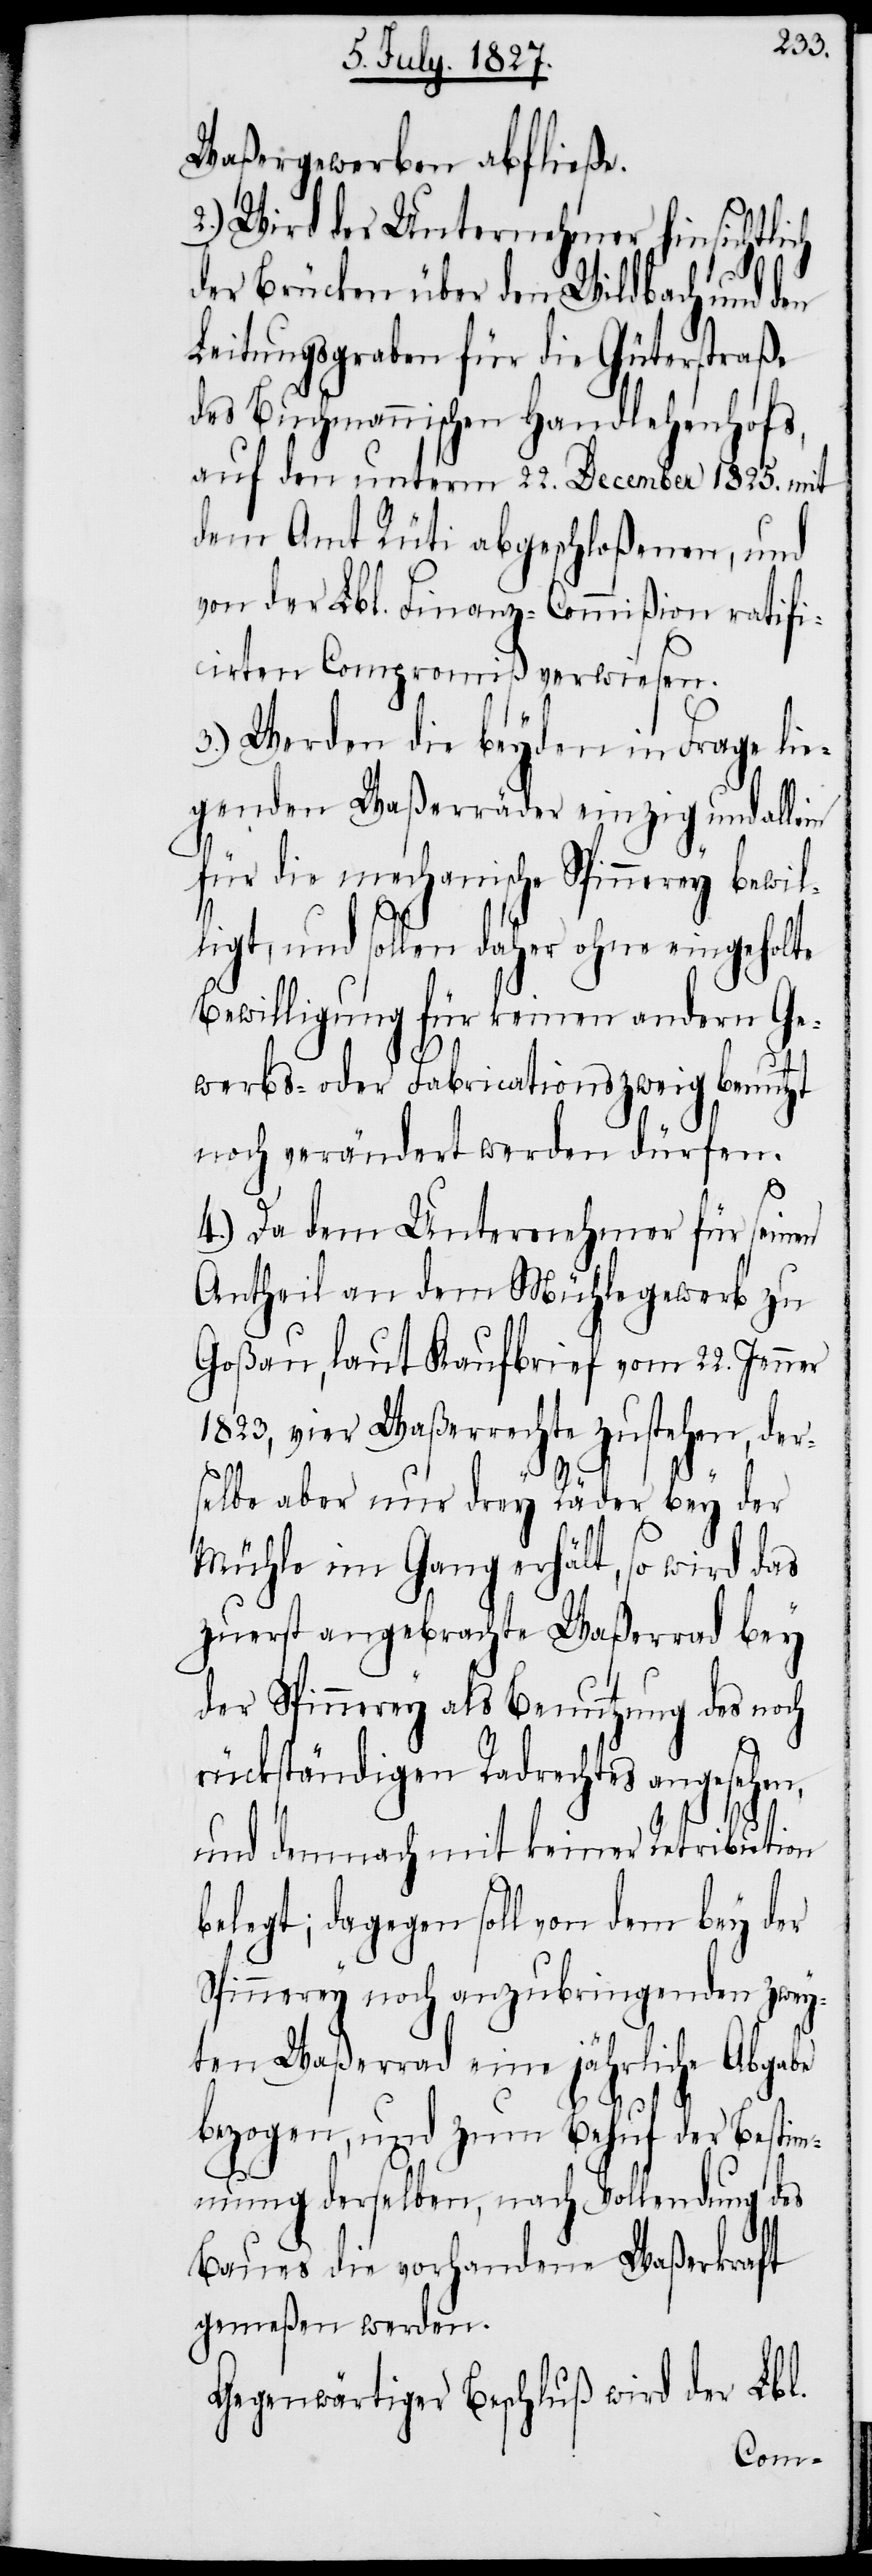
Waßergewerben abfließe.
2.) Wird der Unternehmer hinsichtlich
der Brücken über den Wildbach und den
Leitungsgraben für die Güterstraße
des Buchmannischen Handlehenhofs,
auf den unterm 22. December 1825. mit
dem Amt Rüti abgeschloßenen, und
von der Lbl. Finanz-Commißion ratifi¬
cirten Compromiß verweisen.
3.) Werden die beyden in Frage lie¬
genden Waßerräder einzig und allein
für die mechanische Spinnerey bewil¬
ligt, und sollen daher ohne eingeholte
Bewilligung für keinen andern Ge¬
werbs- oder Fabricationszweig benutzt
noch verändert werden dürfen.
4.) Da dem Unternehmer für seinen
Antheil an dem Mühlegewerb zu
Goßau, laut Kaufbrief vom 22. Jenner
1823, vier Waßerrechte zustehen, der¬
selbe aber nur drey Räder bey der
Mühle im Gang erhält, so wird das
zuerst angebrachte Waßerrad bey
der Spinnerey als Benutzung des noch
rückständigen Radrechtes angesehen,
und demnach mit keiner Retribution
belegt; dagegen soll von dem bey der
Spinnerey noch anzubringenden zwey¬
ten Waßerrad eine jährliche Abgabe
bezogen, und zum Behuf der Bestim¬
mung derselben, nach Vollendung des
Baues die vorhandene Waßerkraft
gemeßen werden.
Gegenwärtiger Beschluß wird der Lbl.